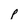
Character: p